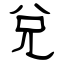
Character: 兌